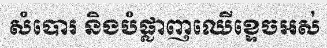
សំបោរ និងបំផ្លាញឈើខ្ទេចអស់